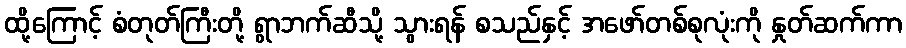
ထို့ကြောင့် စံတုတ်ကြီးတို့ ရွာဘက်ဆီသို့ သွားရန် စသည်နှင့် အဖော်တစ်စုလုံးကို နှုတ်ဆက်ကာ